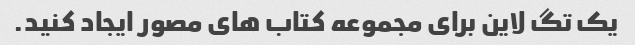
یک تگ لاین برای مجموعه کتاب های مصور ایجاد کنید.